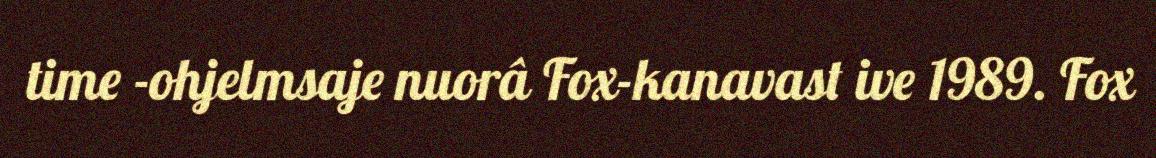
time -ohjelmsaje nuorâ Fox-kanavast ive 1989. Fox